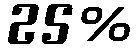
25%